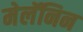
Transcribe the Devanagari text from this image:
मेलॅनिन